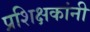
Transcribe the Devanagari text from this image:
प्रशिक्षकांनी